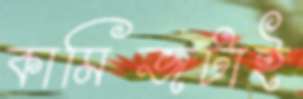
কামিজটাই